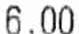
6.00